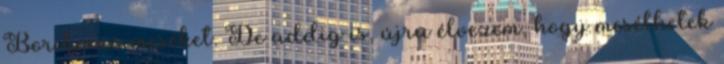
Boribonos meséket. De addig is, újra élvezem, hogy mesélhetek